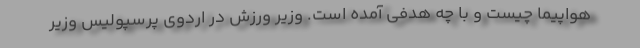
هواپیما چیست و با چه هدفی آمده است. وزیر ورزش در اردوی پرسپولیس وزیر